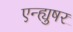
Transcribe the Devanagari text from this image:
एन्ह्युषर